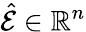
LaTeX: \hat{\mathcal E}\in\mathbb{R}^{n}